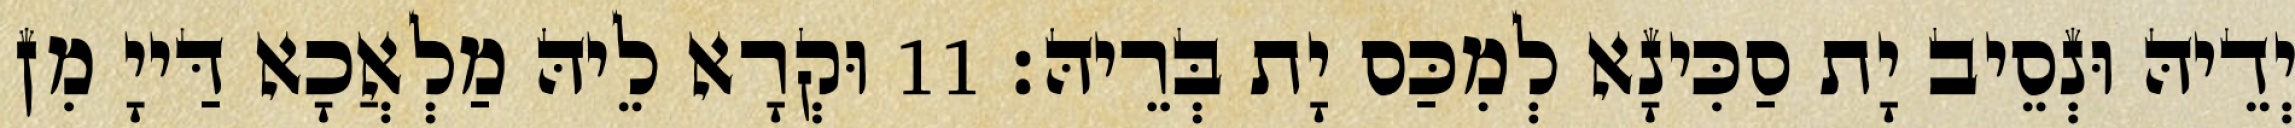
יְדֵיהּ וּנְסֵיב יָת סַכִּינָא לְמִכַּס יָת בְּרֵיהּ׃ 11 וּקְרָא לֵיהּ מַלְאֲכָא דַּייָ מִן